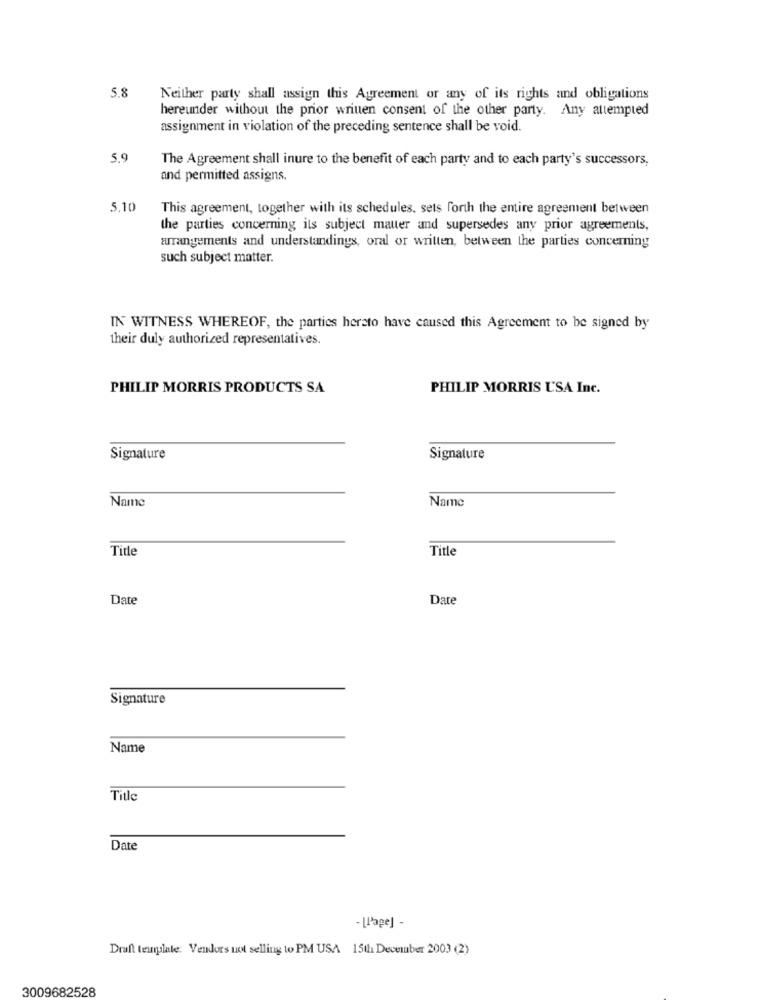
5.8
Neither party shall assign this Agreement or any of its rights and obligations
hereunder without the prior wriuen consent of the other party. Any attempted
assignment in violation of the preceding sentence shall be void.
5.9
The Agreement shall inure to the benefit of each party and to each party's successors,
and permitted assigns.
5,10
This agreement, together with its schedules, sets forth the entire agreement between
the parties concerning its subject mauer and supersedes any prior agreements,
arrangements and understandings, oral or written, between the parties concerning
such subject matter.
IN WITNESS WHEREOF, the parties hereto have caused this Agreement to be signed by
their duly authorized representatives.
PHILIP MORRIS PRODUCTS SA
PHILIP MORRIS USA Inc.
Signature
Signature
Name
Name
Title
Title
Date
Date
Signature
Name
Title
Date
- [Page] -
Draft template: Vendors not selling to PM USA 15th December 2003 (2)
3009682528